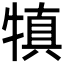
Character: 𤛇